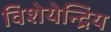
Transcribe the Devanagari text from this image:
विशेयेन्द्रिय